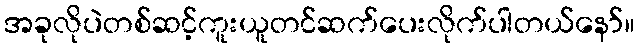
အခုလိုပဲတစ်ဆင့်ကူးယူတင်ဆက်ပေးလိုက်ပါတယ်နော်။